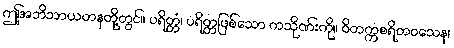
ဤအဘိဘာယတနတို့တွင်။ ပရိတ္တံ၊ ပရိတ္တဖြစ်သော ကသိုဏ်းကို။ ဝိတက္ကစရိတဝသေန၊